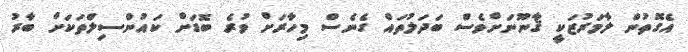
އެގޮތުން ލާމަރުޒަކީ ޤާނޫނަށްވެސް ބަދަލުތައް ގެނެސް މިހާރަށް ވުރެ ބޮޑަށް ކައުންސިލްތަކަށް ބާރު